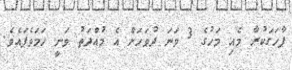
ފާހަގަކުރާ މެއި މަހުގެ 3 ވަނަ ދުވަހަށް އެ މުއްދަތު ވަނީ ހަމަވެފައެވެ.